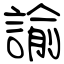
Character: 諭